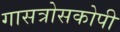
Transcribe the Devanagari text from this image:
गासत्रोसकोपी